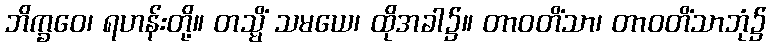
ဘိက္ခဝေ၊ ရဟန်းတို့။ တသ္မိံ သမယေ၊ ထိုအခါ၌။ တာဝတိံသာ၊ တာဝတိံသာဘုံ၌